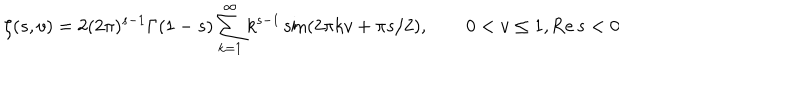
LaTeX: \zeta ( s , v ) = 2 ( 2 \pi ) ^ { s - 1 } \Gamma ( 1 - s ) \sum _ { k = 1 } ^ { \infty } k ^ { s - 1 } \sin ( 2 \pi k v + \pi s / 2 ) , \qquad 0 < v \leq 1 , \mathrm { R e } \, s < 0